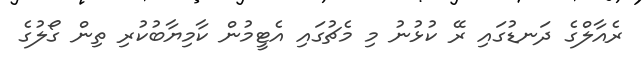
ރެއާލްގެ ދަނޑުގައި ރޭ ކުޅުނު މި މެޗުގައި އެޓީމުން ކާމިޔާބުކުރި ތިން ގޯލުގެ